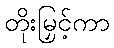
တိုးမြှင့်ကာ